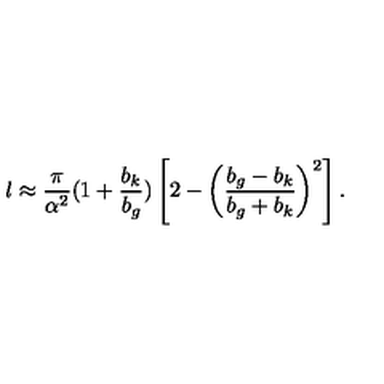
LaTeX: l \approx \frac { \pi } { \alpha ^ { 2 } } ( 1 + \frac { b _ { k } } { b _ { g } } ) \left[ 2 - \left( \frac { b _ { g } - b _ { k } } { b _ { g } + b _ { k } } \right) ^ { 2 } \right] .